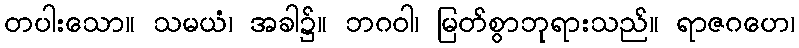
တပါးသော။ သမယံ၊ အခါ၌။ ဘဂဝါ၊ မြတ်စွာဘုရားသည်။ ရာဇဂဟေ၊